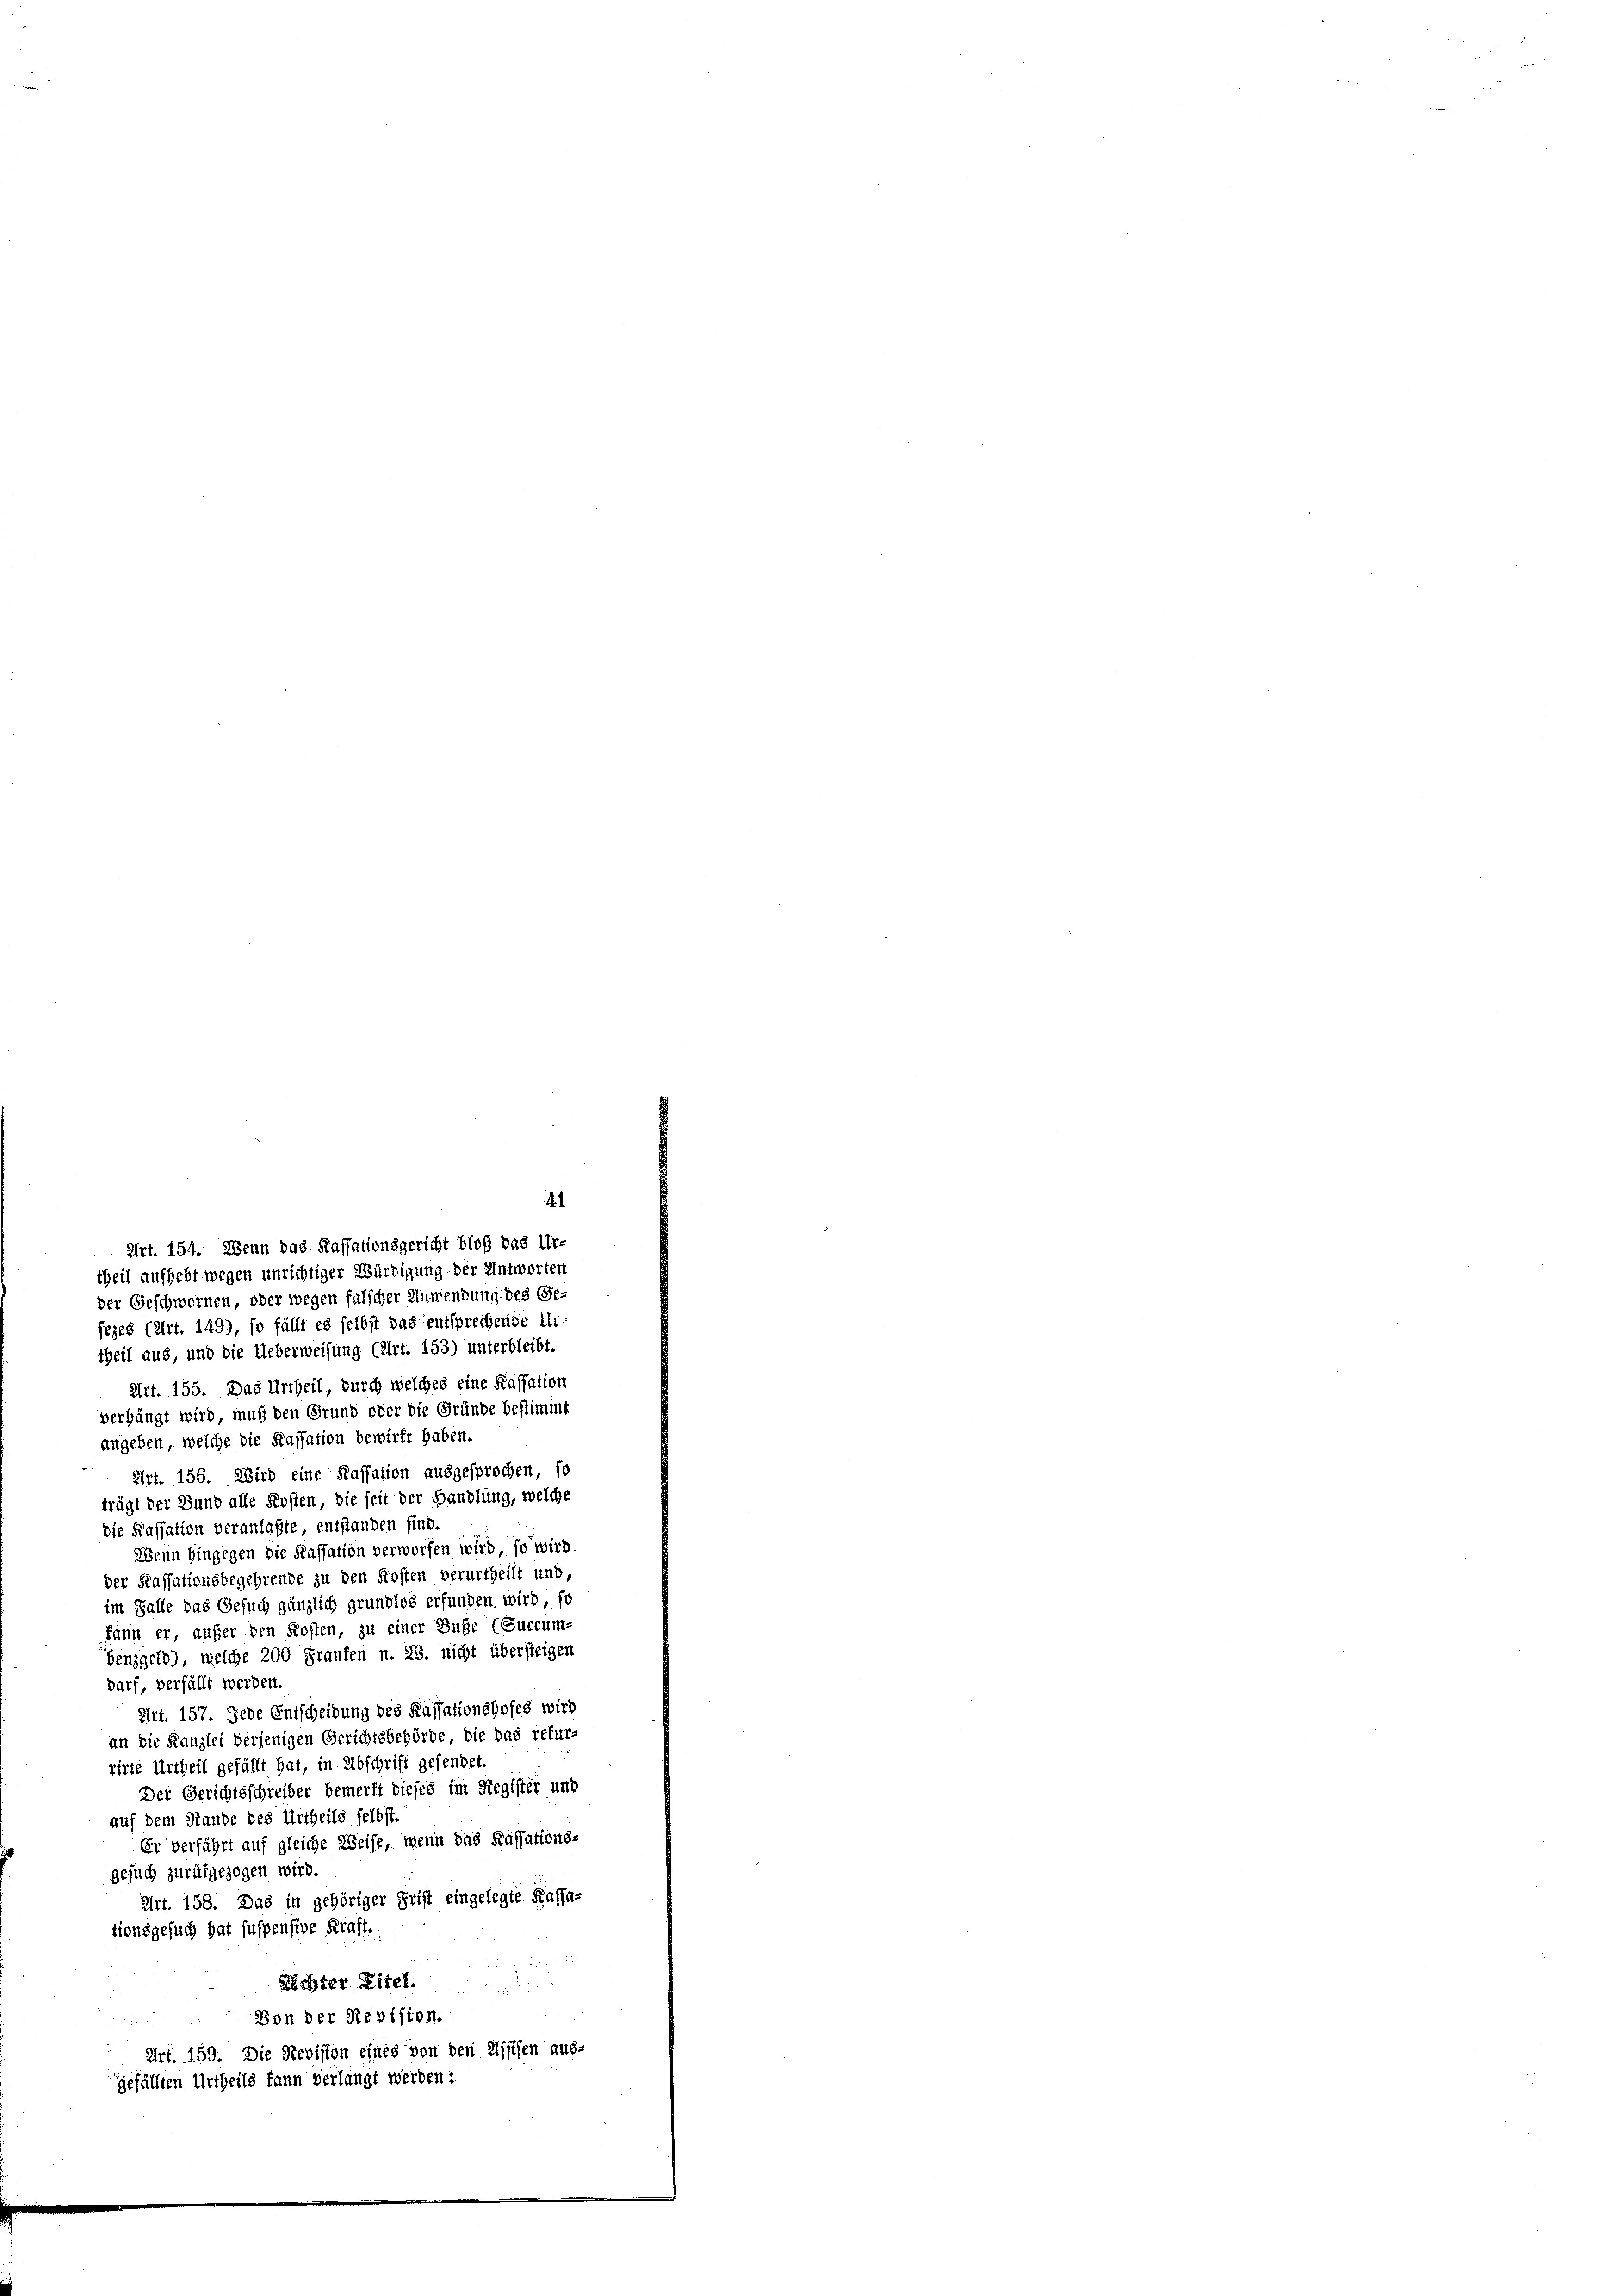
theil aufhebt wegen unrichtiger Würdigung der Antworten
der Geschwornen, oder wegen falscher Anwendung des (Ge-
sezes (Art. 149), so fällt es selbst das entsprechende Urtheil aus, und die Ueberweisung (Art. 153) unterbleibt.
Art. 155. Das Urtheil, durch welches eine Kassation
verhängt wird, muß den Grund oder die Gründe bestimmt
angeben, welche die Kassation bewirft haben.
Art. 156. Wird eine Kassation ausgesprochen, so
trägt der Bund alle Kosten, die seit der Handlung, welche
Die Kassation veranlaßte entstanden find.
Wenn hingegen die Kassation verworfen wird, so wird
der Kassationsbegehrende zu den Kosten verurtheilt und,
im Falle das Gesuch gänzlich grundlos erfunden wird, so
kann er aufer, den Kosten, zu einer Buße (Succum-
Genzgeld), welche 200 Franken n. 26. nicht übersteigen
darf, verfällt werden.
Art. 157. Jede Entscheidung des Kassationshofes wird
an die Kanzlei derjenigen Gerichtsbehörde die das refur-
rirte Urtheil gefällt hat, in Abschrift gesendet.
Der Gerichtsschreiber bemerkt dieses im Register und
auf dem Hande des Urtheils selbst.
Er verführt auf gleiche Weise, wenn das Kassations-
Gesuch zurükgezogen wird.
Art. 158. Das in gehöriger Frist eingelegte Kassa-
tionsgesuch hat suspensive Kraft.
Rechter Titel.
Von der Revision.
Art. 159. Die Revision eines von den Assisen aus-
gefällten Urtheils kann verlangt werden:

4
Art. 154. Wenn das Kassationsgericht bloß das Ur-